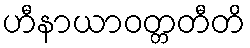
ဟီနာယာဝတ္တတီတိ